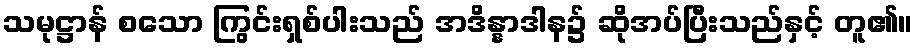
သမုဋ္ဌာန် စသော ကြွင်းရှစ်ပါးသည် အဒိန္နာဒါန၌ ဆိုအပ်ပြီးသည်နှင့် တူ၏။